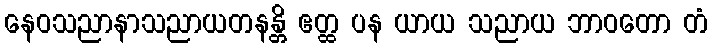
နေဝသညာနာသညာယတနန္တိ ဧတ္ထ ပန ယာယ သညာယ ဘာဝတော တံ